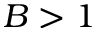
B > 1